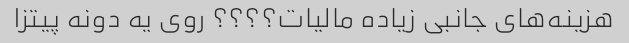
هزینه‌های جانبی زیاده مالیات؟؟؟؟ روی یه دونه پیتزا